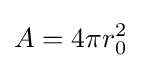
A=4\pi r_{0}^{2}